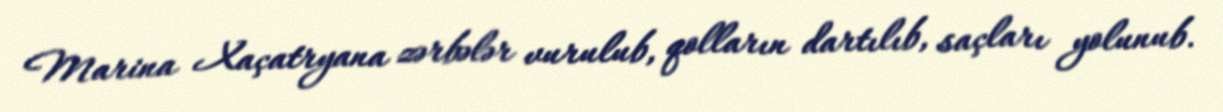
Marina Xaçatryana zərbələr vurulub, qolların dartılıb, saçları yolunub.